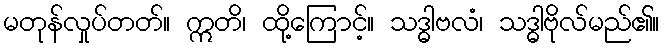
မတုန်လှုပ်တတ်။ ဣတိ၊ ထို့ကြောင့်။ သဒ္ဓါဗလံ၊ သဒ္ဓါဗိုလ်မည်၏။